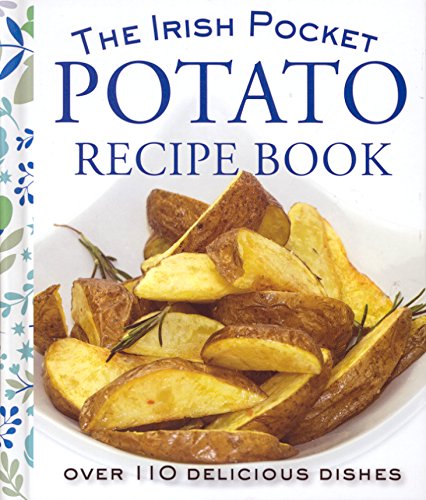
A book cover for The Irish Pocket Potato Recipe Book; Eveleen Coyle; Cookbooks, Food & Wine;